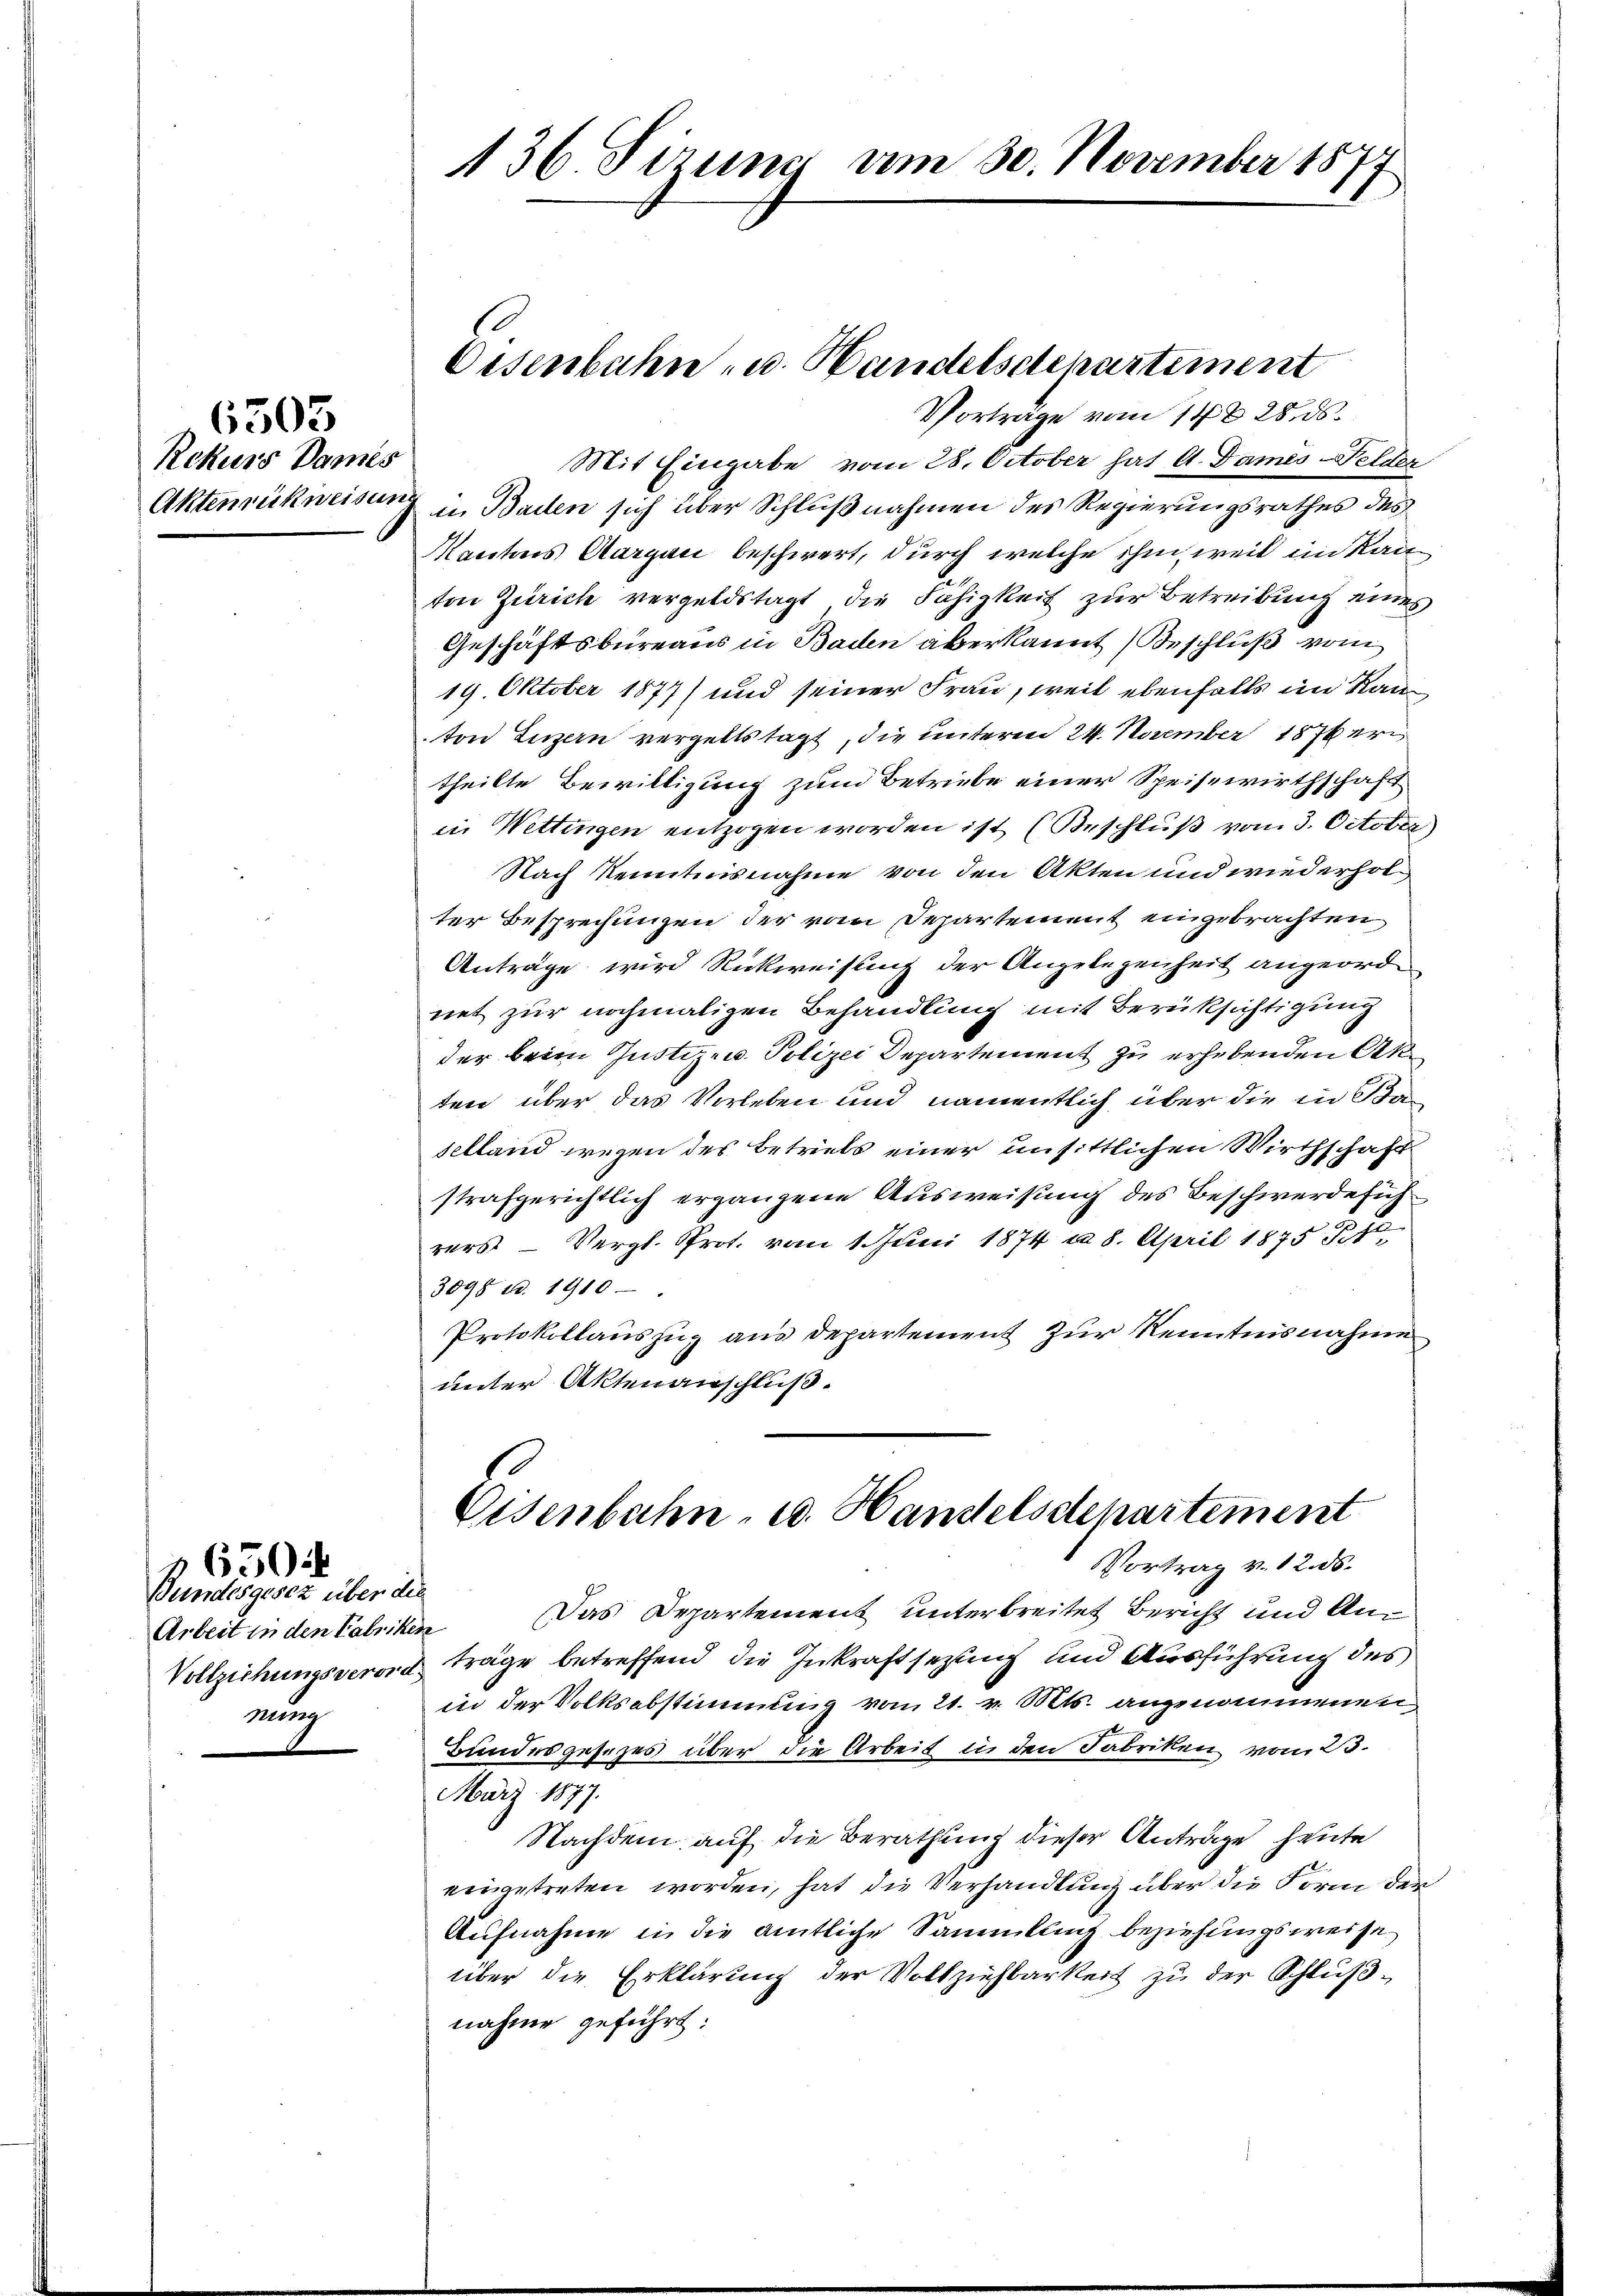
Rekurs Dames

6503

Bundesgesez über die
Arbeit in den Fabriken
nung

650:

Vorträge vom 14. 28. ds.
Aktenrückweisung in Baden sich über Schlußnahmen des Regierungsrathes des
Mantons Aarquci beschwert, durch welche ihm weil im Kanton Zürich vergeldstagt, die Fähigkeit zur Betreibung eines
Geschäftsbureaus in Baden aberkannt Beschluß vom
19. Oktober 1877/ und seiner Frau, weil ebenfalls im Kanton Luzern vergeltstagt, die unteren 24. November 1876 er
theilte Bewilligung zum Betriebe einer Speisewirthschaft
in Wettingen entzogen worden ist (Beschluß vom 3. October
Nach Kenntnisnahme von den Akten und wiederhol
ter Besprechungen der vom Departement eingebrachten
Anträge wird Rückweisung der Angelegenheit angeordnet zur nochmaligen Behandlung mit Berüksichtigung
der beein Gustizen. Polizei Departement zu erhebenden Anten über das Verleben und namentlich über die in Baselland wegen des Betriels einer unsittlichen Wirthschaft
strafgerichtlich ergangene Ausweisung des Beschwerdefüh
rers - Vergl. Prot. vom 1. Juni 1874 n 8. April 1875 St
3098 u. 1910
Protokollauszug aus departement zur Kenntnisnahme
unter Aktenanschluß.

136 Sizung vom 30. November 1877

Oesenbahn, u. Handelsstepartement
Mit Eingabe vom 28. October hat A. Dames-Felder

Eisenbahn, u. Handelsdepartement
Vortrag v. 12. ds.

Das Departement unterbreitet Bericht und Am
Vollziehungsverort träge betreffend die Inkraftsetzung und Ausführung des
in der Volksabstimmung vom 21. v. Mts. angenommenen
Hundesgesezes über die Arbeit in den Fabriken vom 23.
März 1877.
Nachdem auf die Berathung dieser Anträge heute
eingetreten worden, hat die Verhandlung über die Form der
Aufnahme in die amtliche Sammlung beziehungsweise
über die Erklärung der Vollziehbarkeit zu der Schlußnahme geführt: